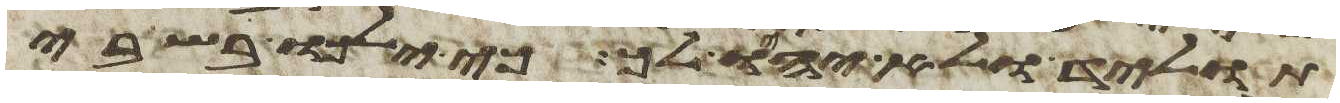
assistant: תוליד ולא יהיו לך כי ילכו בשבי